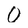
Character: 0